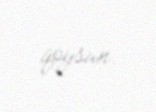
qoysun.